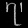
Digit: ၇